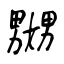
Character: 嬲